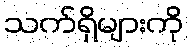
သက်ရှိများကို